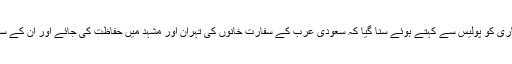
ایرانی ذرائع ابلاغ نے وزارت خارجہ کے ترجمان حسین جابر انصاری کو پولیس سے کہتے ہوئے سنا گیا کہ سعودی عرب کے سفارت خانوں کی تہران اور مشہد میں حفاظت کی جائے اور اُن کے سامنے کسی قسم کے بھی احتجاجی مظاہرہ کی اجازت نہ دی جائے ۔